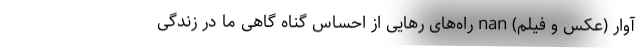
آوار (عکس و فیلم) nan راه‌های رهایی از احساس گناه گاهی ما در زندگی